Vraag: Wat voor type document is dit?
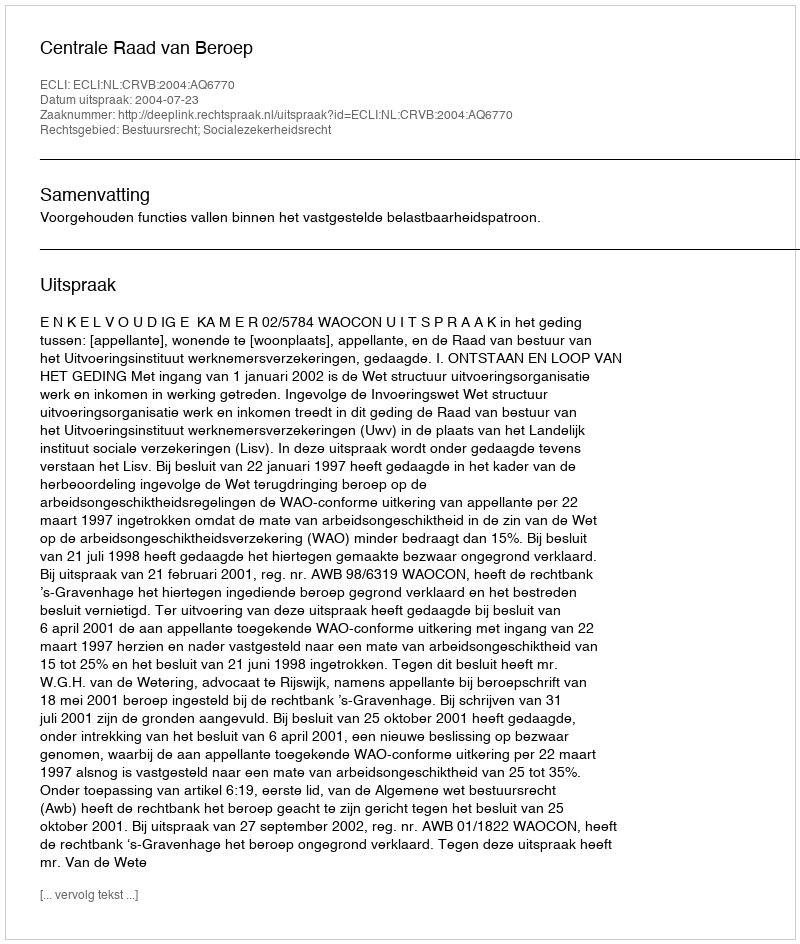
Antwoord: Uitspraak